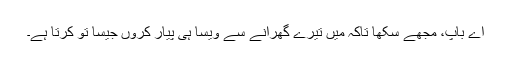
اے باپ، مجھے سکھا تاکہ میں تیرے گھرانے سے ویسا ہی پیار کروں جیسا تُو کرتا ہے۔